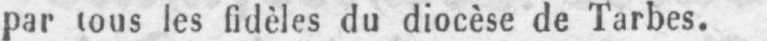
par tous les fidèles du diocèse de Tarbes.